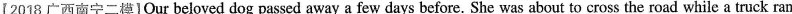
【2018广西南宁二模] Our beloved dog passed away a few days before. She was about to cross the road while a truck ran